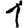
Digit: 1